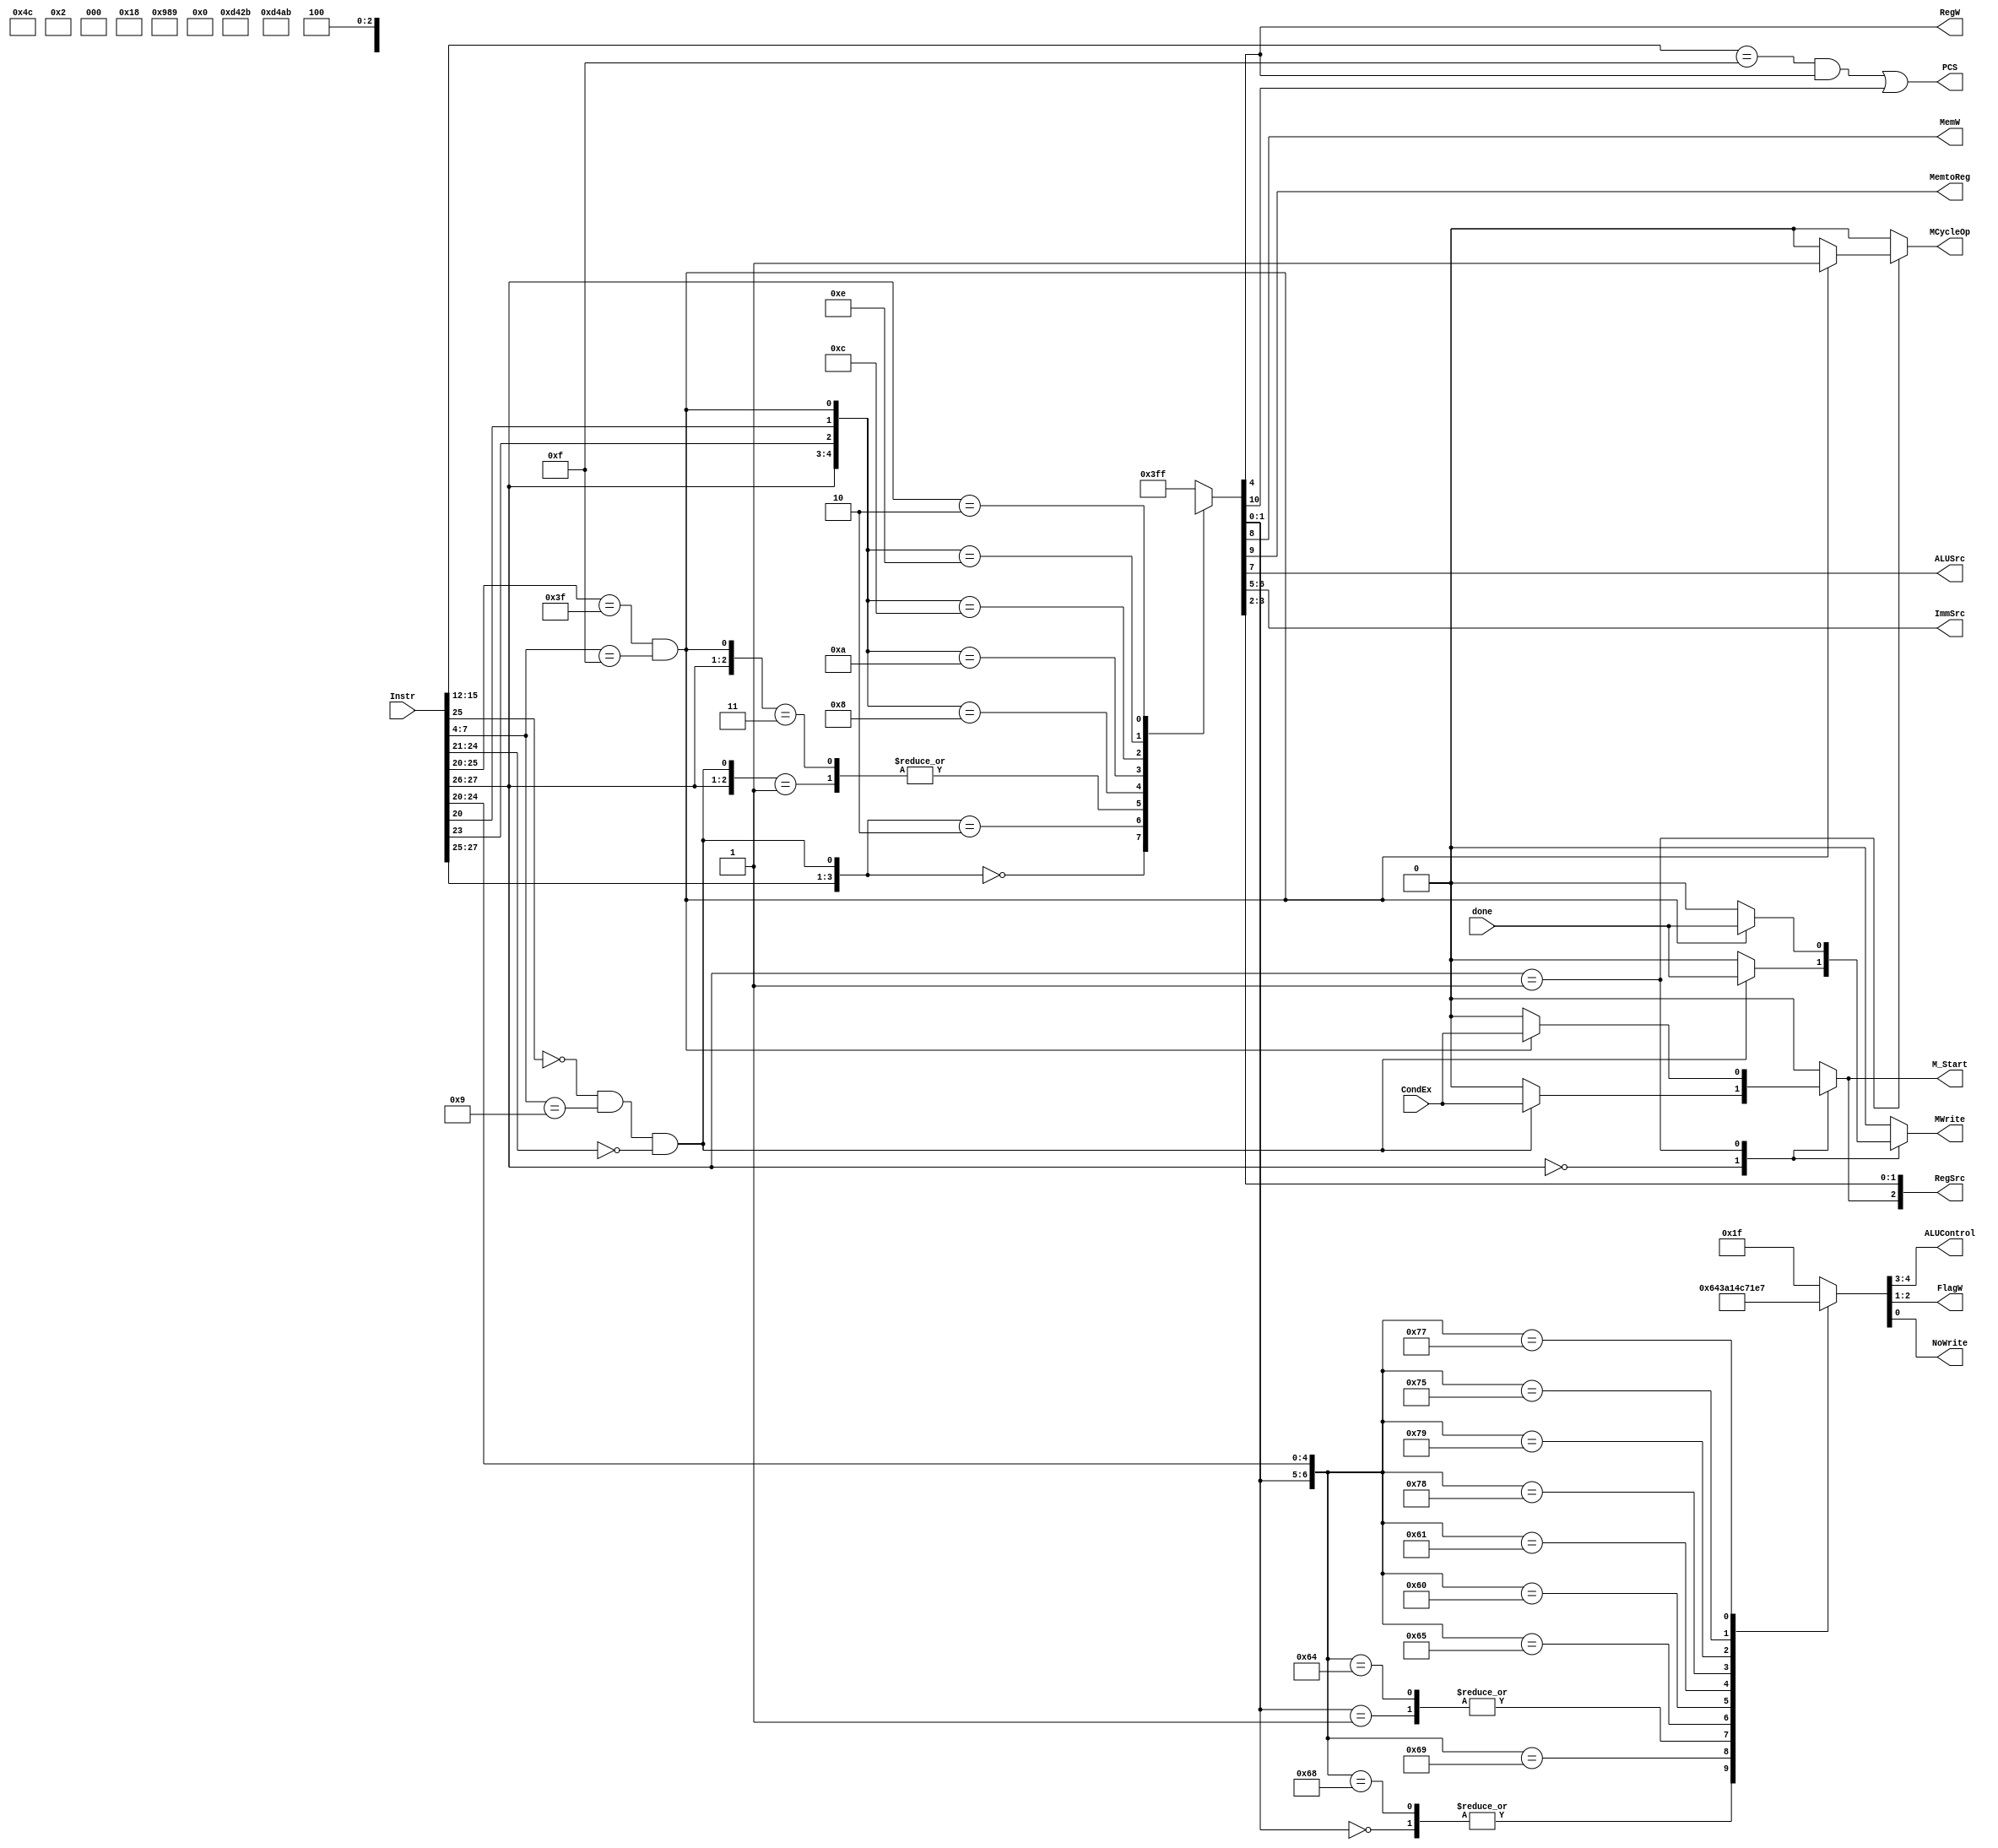
module Decoder(
    input [31:0] Instr,
	
    output PCS,
    output reg RegW, 
    output reg MemW, 
    output reg MemtoReg,
    output reg ALUSrc,
    output reg [1:0] ImmSrc,
    output reg [2:0] RegSrc,
    output reg [1:0] ALUControl,
    output reg [1:0] FlagW,
    output reg NoWrite,

    input CondEx,

    input done,
    output reg M_Start,
    output reg MCycleOp,
    output reg MWrite   
    ); 
    
    reg [1:0] ALUOp; 
    reg Branch;
    
    wire [1:0] op = Instr[27:26];
    wire funct_I = Instr[25];
    wire [3:0] funct_cmd = Instr[24:21];
    wire funct_S = Instr[20];
    wire funct_U = Instr[23];
    // PC Logic
    assign PCS = ((Instr[15:12] == 4'd15)&RegW)|Branch;

    always @(*) begin
        case(op)
            2'b00:  begin
                if(Instr[25]==0 && Instr[7:4] == 4'b1001 && Instr[24:21] == 4'b0000)    begin
                    RegSrc[2] = CondEx;
                    MWrite = done;
                    MCycleOp = 1'b0;
                    M_Start = CondEx;
                end
                else begin
                    RegSrc[2] = 1'b0;
                    MWrite = 1'b0;
                    MCycleOp = 1'b0;
                    M_Start = 1'b0;
                end
            end
            2'b01:  begin
                if(Instr[25:20] == 6'b111111 && Instr[7:4] == 4'b1111)  begin
                    RegSrc[2] = CondEx;
                    MWrite = done;
                    MCycleOp = 1'b1;
                    M_Start = CondEx;
                end
                else begin
                    RegSrc[2] = 1'b0;
                    MWrite = 1'b0;
                    MCycleOp = 1'b0;
                    M_Start = 1'b0;
                end
            end
            default:    begin
                    RegSrc[2] = 1'b0;
                    MWrite = 1'b0;
                    MCycleOp = 1'b0;
                    M_Start = 1'b0;
            end
        endcase
    end

    // Main Decoder
    // always@(*)   begin
    //     casex({op, funct_I, funct_U, funct_S})
    //         5'b00_xxx:  begin
    //             if(Instr[25]==0 && Instr[7:4] == 4'b1001 && Instr[24:21] == 4'b0000)    begin
    //                 {Branch, MemtoReg, MemW, ALUSrc, ImmSrc, RegW, RegSrc[1:0], ALUOp} = 11'b0_0_0_x_xx_1_xx_00;
    //             end
    //         end
    //         5'b00_0_xx:    {Branch, MemtoReg, MemW, ALUSrc, ImmSrc, RegW, RegSrc[1:0], ALUOp}   = 11'b0000xx10011;
    //         5'b00_1_xx:    {Branch, MemtoReg, MemW, ALUSrc, ImmSrc, RegW, RegSrc[1:0], ALUOp}   = 11'b0001001x011;
    //         5'b01_xxx:  begin
    //             if(Instr[25:20] == 6'b111111 && Instr[7:4] == 4'b1111)
    //                 {Branch, MemtoReg, MemW, ALUSrc, ImmSrc, RegW, RegSrc[1:0], ALUOp} = 11'b0_0_0_x_xx_1_xx_00;
    //         end
    //         5'b01_x_0_0:    {Branch, MemtoReg, MemW, ALUSrc, ImmSrc, RegW, RegSrc[1:0], ALUOp}   = 11'b0x110101001;
    //         5'b01_x_0_1:    {Branch, MemtoReg, MemW, ALUSrc, ImmSrc, RegW, RegSrc[1:0], ALUOp}   = 11'b0101011x001;
    //         5'b01_x_1_0:    {Branch, MemtoReg, MemW, ALUSrc, ImmSrc, RegW, RegSrc[1:0], ALUOp}   = 11'b0x110101000;
    //         5'b01_x_1_1:    {Branch, MemtoReg, MemW, ALUSrc, ImmSrc, RegW, RegSrc[1:0], ALUOp}   = 11'b0101011x000;

    //         5'b10_x_xx:    {Branch, MemtoReg, MemW, ALUSrc, ImmSrc, RegW, RegSrc[1:0], ALUOp}   = 11'b1001100x100;
    //         default:    {Branch, MemtoReg, MemW, ALUSrc, ImmSrc, RegW, RegSrc[1:0], ALUOp}   = 10'h3FF;
    //     endcase
    // end
    wire mul_judge = Instr[25]==0 && Instr[7:4] == 4'b1001 && Instr[24:21] == 4'b0000;
    wire div_judge = Instr[25:20] == 6'b111111 && Instr[7:4] == 4'b1111;
    always@(*)   begin
        casex({op, funct_I, funct_U, funct_S, mul_judge, div_judge})
            7'b00_x_xx_1x:  {Branch, MemtoReg, MemW, ALUSrc, ImmSrc, RegW, RegSrc[1:0], ALUOp}  = 11'b0_0_0_x_xx_1_xx_00;
            7'b00_0_xx_0x:  {Branch, MemtoReg, MemW, ALUSrc, ImmSrc, RegW, RegSrc[1:0], ALUOp}  = 11'b0000xx10011;
            7'b00_1_xx_0x:  {Branch, MemtoReg, MemW, ALUSrc, ImmSrc, RegW, RegSrc[1:0], ALUOp}  = 11'b0001001x011;
            7'b01_x_xx_x1:  {Branch, MemtoReg, MemW, ALUSrc, ImmSrc, RegW, RegSrc[1:0], ALUOp}  = 11'b0_0_0_x_xx_1_xx_00;
            7'b01_x_0_0_x0: {Branch, MemtoReg, MemW, ALUSrc, ImmSrc, RegW, RegSrc[1:0], ALUOp}  = 11'b0x110101001;
            7'b01_x_0_1_x0: {Branch, MemtoReg, MemW, ALUSrc, ImmSrc, RegW, RegSrc[1:0], ALUOp}  = 11'b0101011x001;
            7'b01_x_1_0_x0: {Branch, MemtoReg, MemW, ALUSrc, ImmSrc, RegW, RegSrc[1:0], ALUOp}  = 11'b0x110101000;
            7'b01_x_1_1_x0: {Branch, MemtoReg, MemW, ALUSrc, ImmSrc, RegW, RegSrc[1:0], ALUOp}  = 11'b0101011x000;
            7'b10_x_xx_xx:    {Branch, MemtoReg, MemW, ALUSrc, ImmSrc, RegW, RegSrc[1:0], ALUOp}  = 11'b1001100x100;
            default:    {Branch, MemtoReg, MemW, ALUSrc, ImmSrc, RegW, RegSrc[1:0], ALUOp}   = 10'h3FF;
        endcase
    end
    
    // ALU Decoder
    always @(*) begin
        casex({ALUOp, funct_cmd, funct_S})
            7'b00_xxxx_x: {ALUControl, FlagW, NoWrite} = 5'b00_00_0;
            7'b01_xxxx_x: {ALUControl, FlagW, NoWrite} = 5'b01_00_0;
            7'b11_0100_0: {ALUControl, FlagW, NoWrite} = 5'b00_00_0;
            7'b11_0100_1: {ALUControl, FlagW, NoWrite} = 5'b00_11_0;
            7'b11_0010_0: {ALUControl, FlagW, NoWrite} = 5'b01_00_0;
            7'b11_0010_1: {ALUControl, FlagW, NoWrite} = 5'b01_11_0;
            7'b11_0000_0: {ALUControl, FlagW, NoWrite} = 5'b10_00_0;
            7'b11_0000_1: {ALUControl, FlagW, NoWrite} = 5'b10_10_0;
            7'b11_1100_0: {ALUControl, FlagW, NoWrite} = 5'b11_00_0;
            7'b11_1100_1: {ALUControl, FlagW, NoWrite} = 5'b11_10_0;
            7'b11_1010_1: {ALUControl, FlagW, NoWrite} = 5'b01_11_1;
            7'b11_1011_1: {ALUControl, FlagW, NoWrite} = 5'b00_11_1;
            default:   {ALUControl, FlagW, NoWrite} = 5'b11111;
        endcase
    end
endmodule